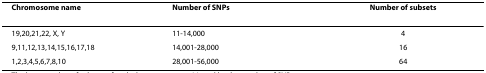
| Chromosome name | Number of SNPs | Number of subsets |
 | --- | --- | --- |
 | 19,20,21,22, X, Y | 11-14,000 | 4 |
 | 9,11,12,13,14,15,16,17,18 | 14,001-28,000 | 16 |
 | 1,2,3,4,5,6,7,8,10 | 28,001-56,000 | 64 |